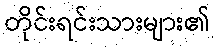
တိုင်းရင်းသားများ၏